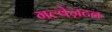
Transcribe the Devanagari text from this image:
गल्वेज़टन